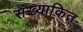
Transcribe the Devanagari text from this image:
संख्याकित